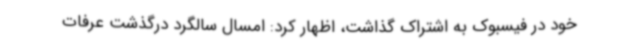
خود در فیسبوک به اشتراک گذاشت، اظهار کرد: امسال سالگرد درگذشت عرفات